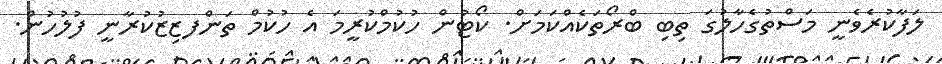
ލަފާކުރެވެނީ މަސްތުގެހާލުގަ ތިބި ބްރޯތަކެއްކަމަށް. ކޯޓުން ހުކުމްކުރީމަ އެ ހުކުމް ތަންފޒިޒުކުރާނީ ފުލުހުން.